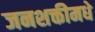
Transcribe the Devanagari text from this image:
जनशक्तीमधे